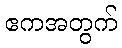
ဧကအတွက်